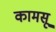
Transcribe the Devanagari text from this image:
कामसू